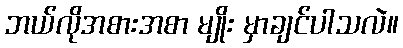
ဘယ်လိုအစားအစာ မျိုး မှာချင်ပါသလဲ။